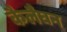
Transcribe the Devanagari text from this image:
कैलैघन